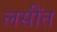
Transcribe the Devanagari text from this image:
लसींत